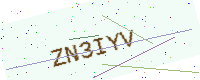
Text: ZN3IYV